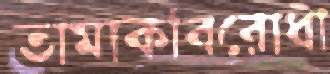
তামাকবিরোধী